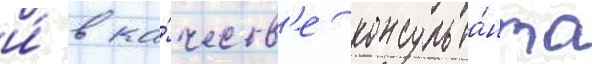
и́ в ка́честв'е консульта́нта